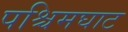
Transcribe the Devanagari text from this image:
पश्चिमघाट